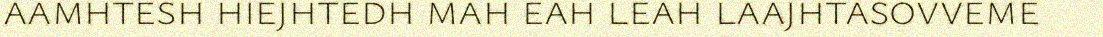
aamhtesh hiejhtedh mah eah leah laajhtasovveme